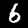
Digit: 6